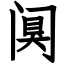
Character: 阒